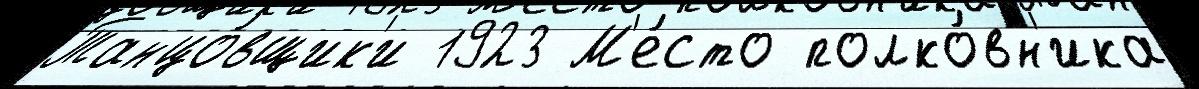
Танцо́вщик'и 1923 М'е́сто полко́вн'ика